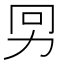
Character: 𠡋